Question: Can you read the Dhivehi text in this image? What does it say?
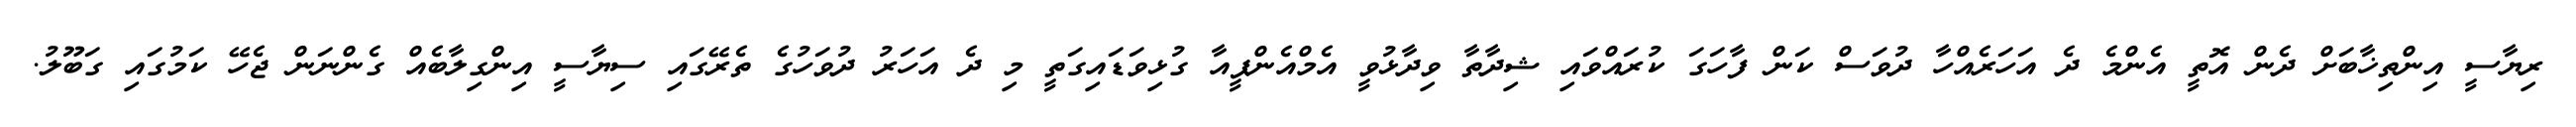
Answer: ރިޔާސީ އިންތިޚާބަށް ދެން އޮތީ އެންމެ ދެ އަހަރެއްހާ ދުވަސް ކަން ފާހަގަ ކުރައްވައި ޝިދާތާ ވިދާޅުވީ އެމްއެންޕީއާ ގުޅިވަޑައިގަތީ މި ދެ އަހަރު ދުވަހުގެ ތެރޭގައި ސިޔާސީ އިންގިލާބެއް ގެންނަން ޖެހޭ ކަމުގައި ގަބޫލު.